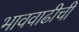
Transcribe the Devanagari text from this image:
भाववाढीची